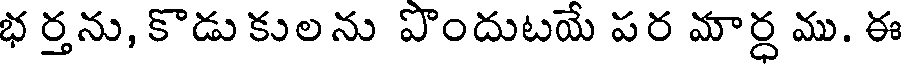
భ ర్తను, కొడు కులను పొందుటయే పర మార్ధ ము. ఈ